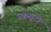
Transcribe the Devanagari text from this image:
उफराटी